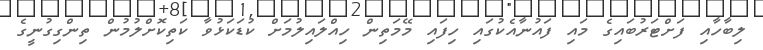
ލިބާހާއި ފަށްޓަރުބައިގެ މައި ފައުނާއެކުގައި ހިފައި މޭމަތިން ހިއްލައިލުމަށް ކުޑަކަޅުވާ ކަތިކޮށްލުމުން ތިންގިގުނީގެ